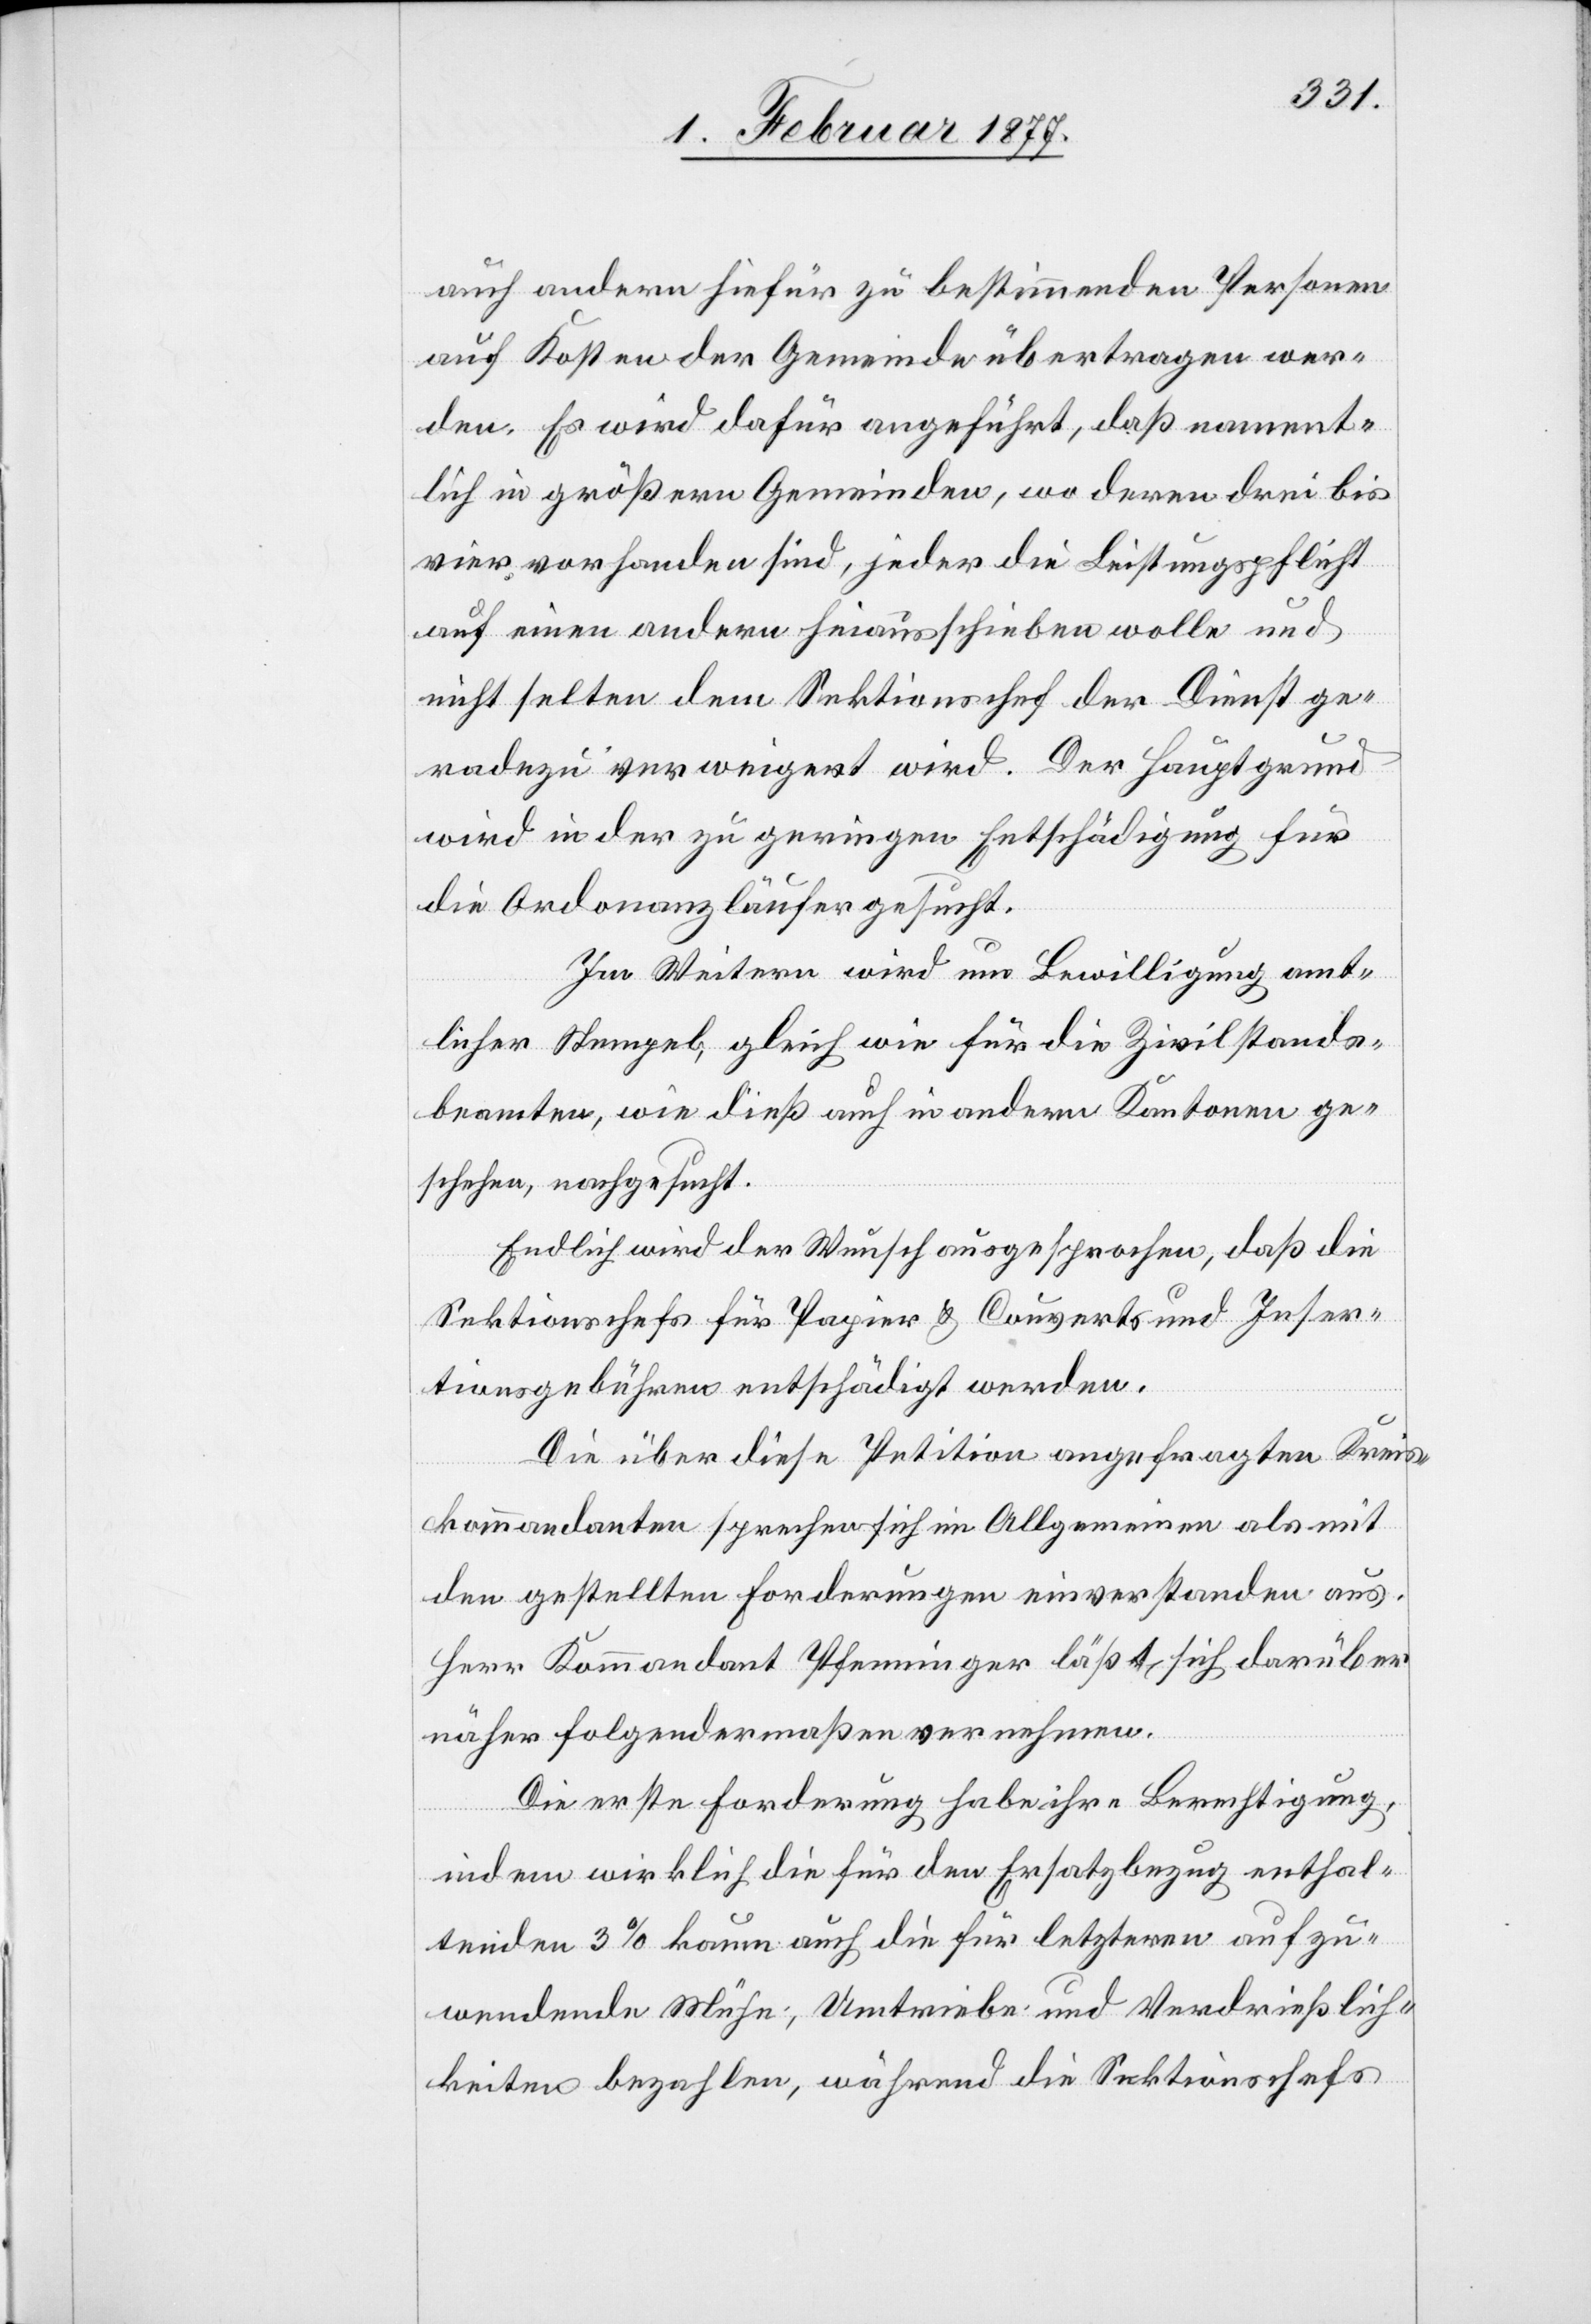
auf Kosten der Gemeinde übertragen wer¬
den. Es wird dafür angeführt, daß nament¬
lich in größern Gemeinden, wo deren drei bis
vier vorhanden sind, jeder die Leistungspflicht
aus:
auf einen andern hinausschieben wolle und
nicht selten dem Sektionschef der Dienst ge¬
radezu verweigert wird. Der Hauptgrund
wird in der zu geringen Entschädigung für
die Ordonanzläufer gesucht.
Im Weitern wird um Bewilligung amt¬
licher Stempel, gleich wie für die Zivilstands¬
beamten, wie dieß auch in andern Kantonen ge¬
schehe, nachgesucht.
Endlich wird der Wunsch ausgesprochen, daß die
Sektionschefs für Papier & Couverts und Inser¬
tionsgebühren entschädigt werden.
Die über diese Petition angefragten Kreis¬
kommandanten sprechen sich im Allgemeinen als mit
den gestellten Forderungen einverstanden aus.
Herr Kommandant Pfenninger läßt sich darüber
en
Die erste Forderung habe ihre Berechtigung,
indem wirklich die für den Ersatzbezug enthal¬
tenden 3% kaum auch die für letzteren aufzu¬
wendende Mühe, Umtriebe und Verdießlich¬
keiten bezahlen, während die Sektionschefs